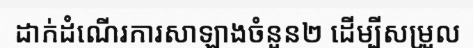
ដាក់ដំណើរការសាឡាងចំនួន២ ដើម្បីសម្រួល